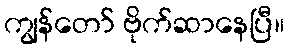
ကျွန်တော် ဗိုက်ဆာနေပြီ။